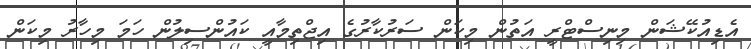
އެޑިއުކޭޝަން މިނިސްޓްރީ އަތުން މިކަން ސަރުކާރުގެ އިޖްތިމާއީ ކައުންސިލުން ހަމަ މިހާރު މިކަން